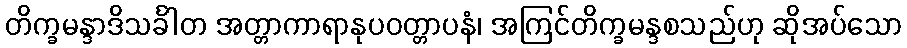
တိက္ခမန္ဒာဒိသင်္ခါတ အတ္တာကာရာနုပဝတ္တာပနံ၊ အကြင်တိက္ခမန္ဒစသည်ဟု ဆိုအပ်သော